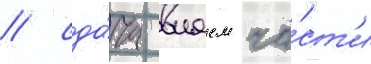
/ сда́ча внаем ча́ст'и